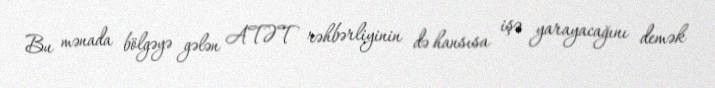
Bu mənada bölgəyə gələn ATƏT rəhbərliyinin də hansısa işə yarayacağını demək